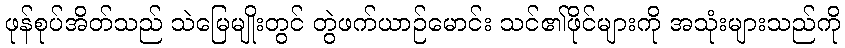
ဖုန်စုပ်အိတ်သည် သဲမြေမျိုးတွင် တွဲဖက်ယာဉ်မောင်း သင်၏ဖိုင်များကို အသုံးများသည်ကို